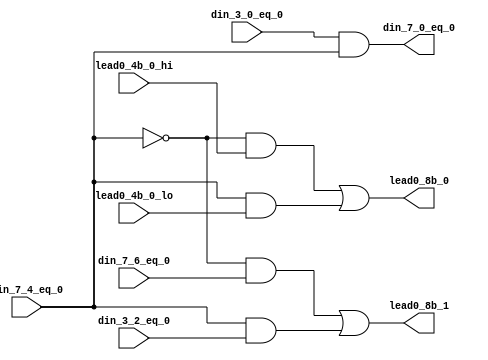
module fpu_cnt_lead0_lvl2 (
	din_7_4_eq_0,
	din_7_6_eq_0,
	lead0_4b_0_hi,
	din_3_0_eq_0,
	din_3_2_eq_0,
	lead0_4b_0_lo,

	din_7_0_eq_0,
	lead0_8b_1,
	lead0_8b_0
);


input		din_7_4_eq_0;		// data in[7:4] is zero
input		din_7_6_eq_0;		// data in[7:6] is zero
input		lead0_4b_0_hi;		// bit[0] of lead 0 count- data in[7:4]
input		din_3_0_eq_0;		// data in[3:0] is zero
input		din_3_2_eq_0;		// data in[3:2] is zero
input		lead0_4b_0_lo;		// bit[0] of lead 0 count- data in[3:0]

output		din_7_0_eq_0;		// data in[7:0] is zero
output		lead0_8b_1;		// bit[1] of lead 0 count
output		lead0_8b_0;		// bit[0] of lead 0 count

wire		din_7_0_eq_0;
wire		lead0_8b_1;
wire		lead0_8b_0;


assign din_7_0_eq_0= din_3_0_eq_0 && din_7_4_eq_0;

assign lead0_8b_1= ((!din_7_4_eq_0) && din_7_6_eq_0)
		|| (din_7_4_eq_0 && din_3_2_eq_0);

assign lead0_8b_0= ((!din_7_4_eq_0) && lead0_4b_0_hi)
		|| (din_7_4_eq_0 && lead0_4b_0_lo);


endmodule